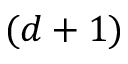
( d + 1 )